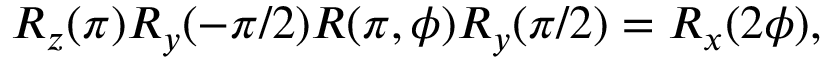
R _ { z } ( \pi ) R _ { y } ( - \pi / 2 ) R ( \pi , \phi ) R _ { y } ( \pi / 2 ) = R _ { x } ( 2 \phi ) ,